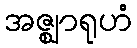
အဇ္ဈာရုဟံ